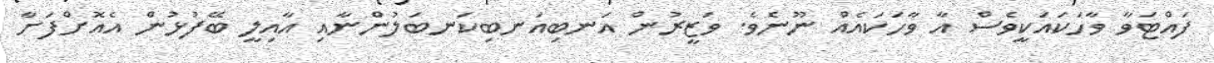
ފައްޓަވާ ވާހަކައަކީވެސް އާ ވާހަކައެއް ނޫނެވެ. ވަޒީރުން އަނބިއަނބިކަނބަލުންނާއި އާއިލީ ބޭފުޅުން އެއޮށްފަށާ